Bombay plague: being a history of the progress of plague in the Bombay presidency from September 1896 to June 1899
Year: 1896
Disease focus: Plague
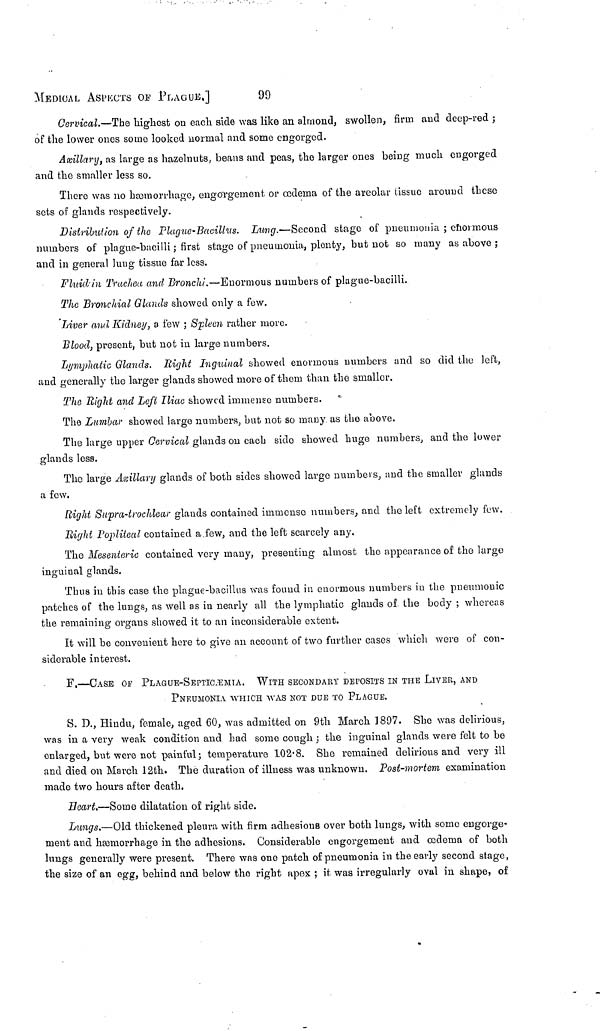
MEDICAL ASpeCTS OF PLAGUE.]
99
Cervical.—The highest on each side was like an almond, swollen, firm and deep-red ;
of the lower ones some looked normal and some engorged.
Axillary, as large as hazelnuts, beans and peas, the larger ones being much engorged
and the smaller less so.
There was 110 hæmorrhage, engorgement or œdema of the areolar tissue around these
sets of glands respectively.
Distribution of the Plague-Bacillus. Lung.—Second stage of pneumonia ; enormous
numbers of plague-bacilli ; first stage of pneumonia, plenty, but not so many as above ;
and in general lung tissue far less.
Fluid in Trachea and Bronchi.—Enormous numbers of plague-bacilli.
The Bronchial Glands showed only a few.
Liver and Kidney, o few ; Spleen rather more.
Blood, present, but not in large numbers.
Lymphatic Glands. Right Inguinal showed enormous numbers and so did the left,
and generally the larger glands showed more of them than the smaller.
The Right and Left Iliac showed immense numbers.
The Lumbar showed large numbers, but not so many as the above.
The large upper Cervical glands on each side showed huge numbers, and the lower
glands less.
The large Axillary glands of both sides showed large numbers, and the smaller glands
a few.
Rig/it Supra-trochlear glands contained immense numbers, and the left extremely few.
Right Popliteal contained a few, and the left scarcely any.
The Mesenteric contained very many, presenting almost the appearance of the large
inguinal glands.
Thus in this case the plague-bacillus was found in enormous numbers in the pneumonic
patches of the lungs, as well as in nearly all the lymphatic glands of the body ; whereas
the remaining organs showed it to an inconsiderable extent.
It will be convenient here to give an account of two further cases which were of con-
siderable interest.
F.—CASE Of PLAGUE-SEPTICÆMTA, WITH SECONDARY DEPOSITS IN THE LIVER, AND
PNEUMONIA WHICH AYAS NOT DUE TO PLAGUE.
S. D., Hindu, female, aged 60, was admitted on 9th March 1897. She was delirious,
was in a very weak condition and had some cough ; the inguinal glands were felt to be
enlarged, but were not painful ; temperature 102·8. She remained delirious and very ill
and died on March 12th. The duration of illness was unknown. Post-mortem examination
made two hours after death.
Heart.—Some dilatation of right side.
Lungs.—Old thickened pleura with firm adhesions over both lungs, with some engorge-
ment and hæmorrhage in the adhesions. Considerable engorgement and œdema of both
lungs generally were present. There was one patch of pneumonia in the early second stage,
the size of an egg, behind and below the right apex ; it was irregularly oval in shape, of